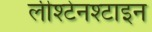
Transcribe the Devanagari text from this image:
लीश्टेनश्टाइन